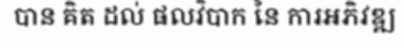
បាន គិត ដល់ ផលវិបាក នៃ ការអភិវឌ្ឍ